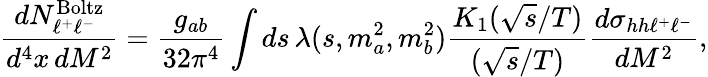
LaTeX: {\frac{dN_{\ell^{+}\ell^{-}}^{\mathrm{Boltz}}}{d^{4}x\, dM^{2}}}={\frac{g_{ab}}{32\pi^{4}}}\int ds\, \lambda(s,m_{a}^{2},m_{b}^{2}){\frac{K_{1}(\sqrt{s}/T)}{(\sqrt{s}/T)}}{\frac{d\sigma_{hh\ell^{+}\ell^{-}}}{dM^{2}}},